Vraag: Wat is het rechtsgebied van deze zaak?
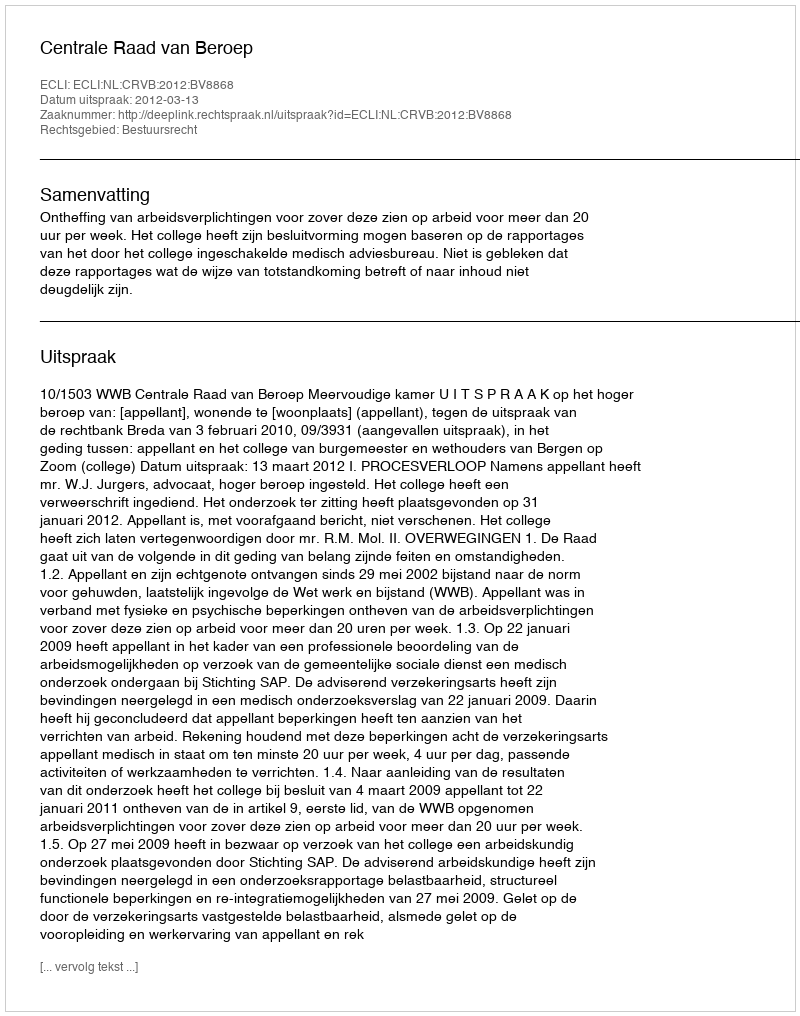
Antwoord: Bestuursrecht